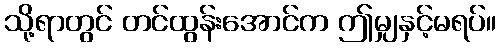
သို့ရာတွင် တင်ထွန်းအောင်က ဤမျှနှင့်မရပ်။